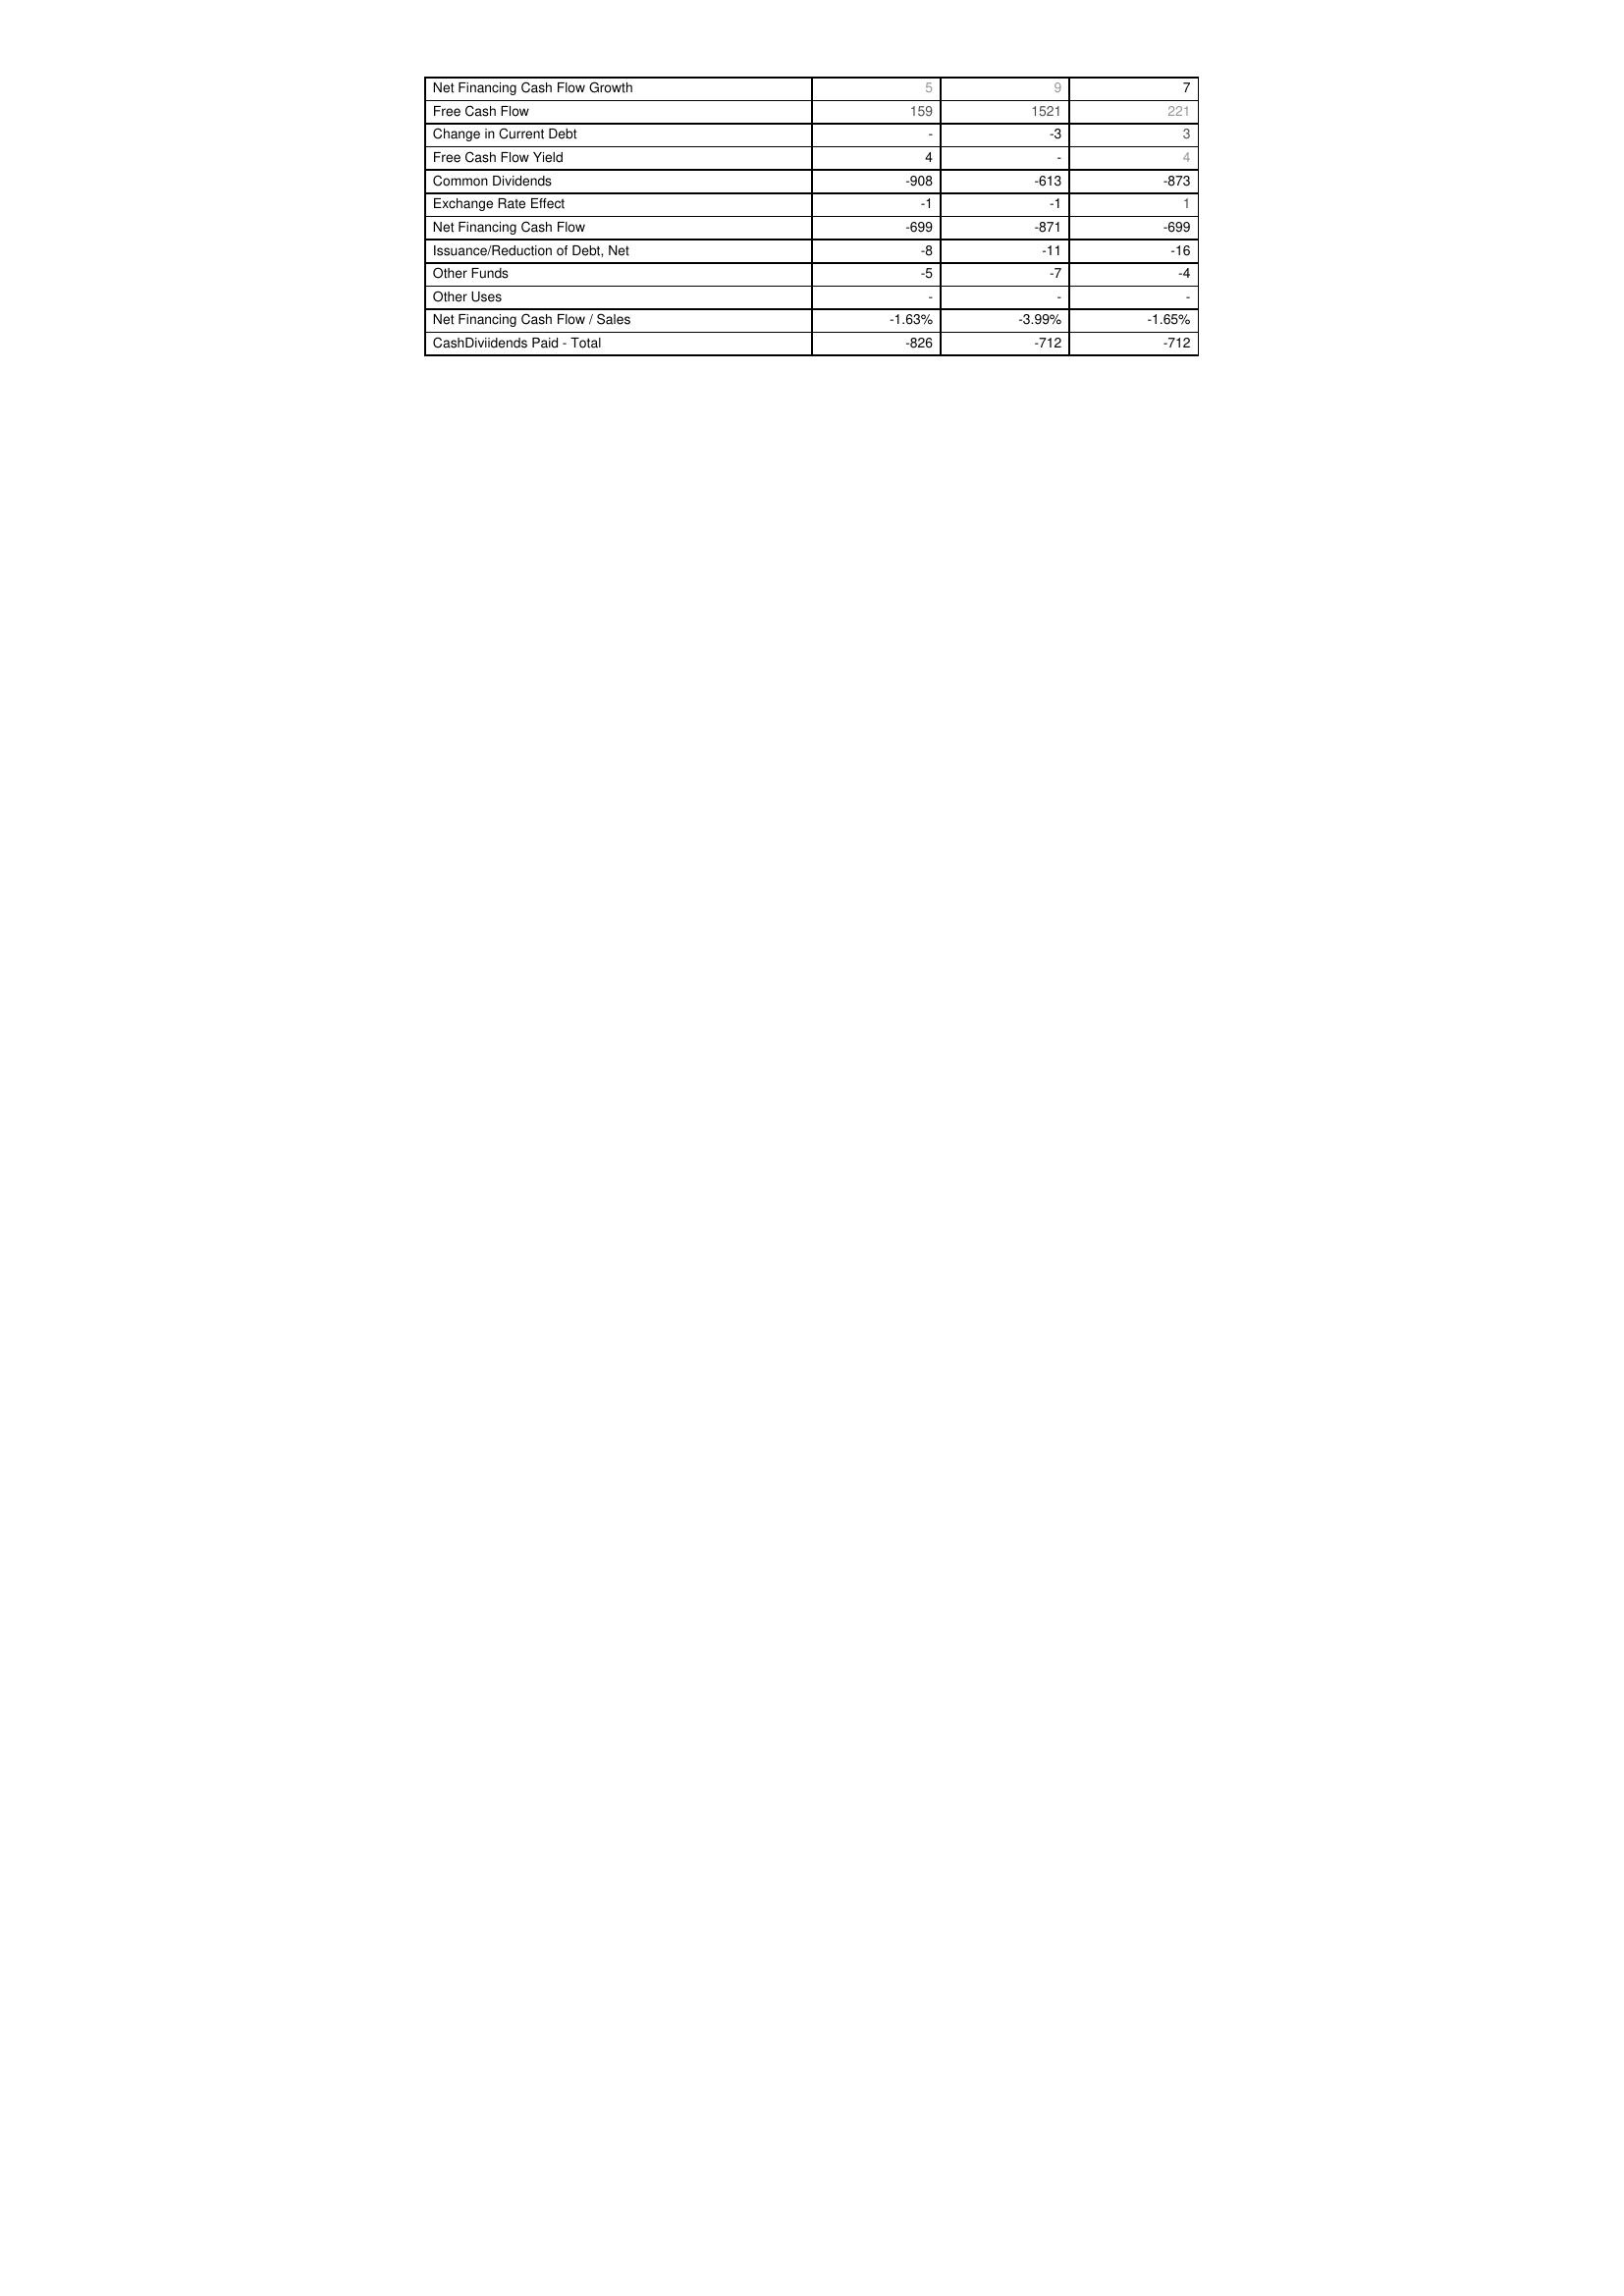
2015: Financing Activities: Net Financing Cash Flow Growth: 5
Free Cash Flow: 159
Change in Current Debt: -
Free Cash Flow Yield: 4
Common Dividends: -908
Exchange Rate Effect: -1
Net Financing Cash Flow: -699
Issuance/Reduction of Debt, Net: -8
Other Funds: -5
Other Uses: -
Net Financing Cash Flow / Sales: -1.63%
CashDiviidends Paid - Total: -826
2014: Financing Activities: Net Financing Cash Flow Growth: 9
Free Cash Flow: 1521
Change in Current Debt: -3
Free Cash Flow Yield: -
Common Dividends: -613
Exchange Rate Effect: -1
Net Financing Cash Flow: -871
Issuance/Reduction of Debt, Net: -11
Other Funds: -7
Other Uses: -
Net Financing Cash Flow / Sales: -3.99%
CashDiviidends Paid - Total: -712
2013: Financing Activities: Net Financing Cash Flow Growth: 7
Free Cash Flow: 221
Change in Current Debt: 3
Free Cash Flow Yield: 4
Common Dividends: -873
Exchange Rate Effect: 1
Net Financing Cash Flow: -699
Issuance/Reduction of Debt, Net: -16
Other Funds: -4
Other Uses: -
Net Financing Cash Flow / Sales: -1.65%
CashDiviidends Paid - Total: -712